Lunatic asylums Madras 1892-1911 - 1892-1911
Year: 1892
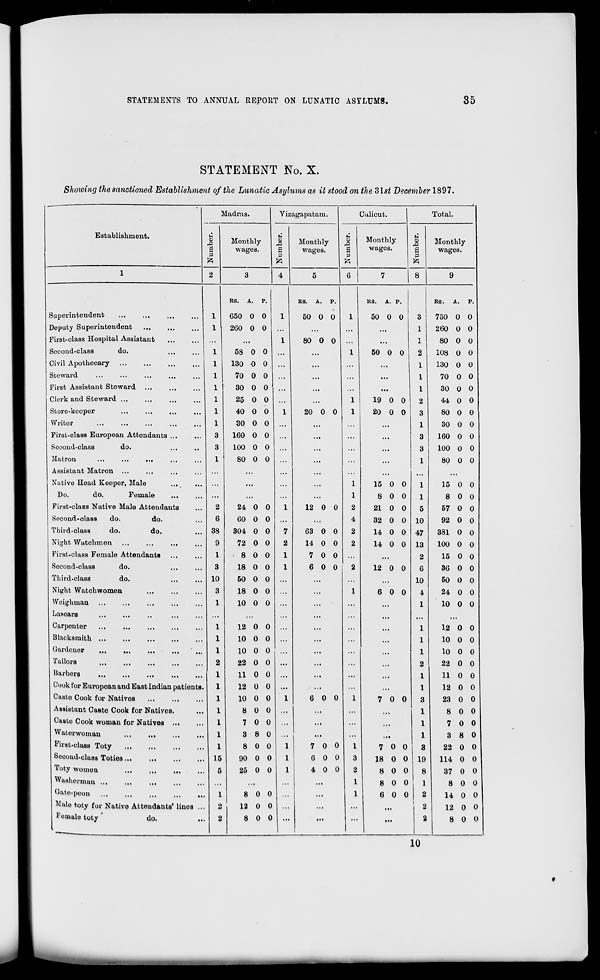
STATEMENTS TO ANNUAL REPORT ON LUNATIC ASSTLUMS.
35
STATEMENT No. X.
Showing the sanctioned Establishment of the Limatic Asylums as it stood on the 31 st December 1897.
Establishment.
Madras.
Vizagapatam.
Calicut.
Total.
u
CD
S
P
ft
2
Monthly
wages.
u
<x>
S
P
ft
Monthly
wages.
ti
s
p
ft
Monthly
wages.
u a
|
P
ft
Monthly
wages.
1
3
4
5
6
7
| 8
9
RS. A. P.
RS. A. P.
US. A. F
RS. A.
P.
Superintendent
1
650 0 0
1
50 0 0
1
50 0 0
3
750 0 0
Deputy Superintendent
1
260 0 0 ...
...
1
260 0 0
First-class Hospital Assistant
...
...
1
80 0 0 ...
...
1
80 0 0
Second-class
do.
...
...
1
58 0 0 ...
...
1
50 0 0
2
108 0 0
Civil Apothecary
1
130 0 0
...
...
...
1
130 0 0
Steward
1
70 0 0 ...
...
...
...
1
70 0 0
First Assistant Stewai'd
1
30 0 0 ...
...
...
...
1
30 0 0
Clerk and Steward
1
25 0 0 ...
1
19 0 0
2
44 0 0
Score-keeper
1
40 0 0
1
20 0 0
1
20 0 0
3
80 0 0
Writer
1
30 0 0 ...
...
1
30 0 0
First-class European Attendants ...
3
160 0 0 ...
...
...
...
3
160 0 0
Second-class
do.
3
100 0 0 ...
...
...
...
3
100 0 0
Matron
...
...
...
1
80 0 0 ...
...
...
...
1
80 0 0
Assistant Matron ...
...
...
...
...
Native Head Keeper, Male
...
...
...
...
1
15 0 0
1
15 0 0
Do.
do.
Female
...
...
...
...
1
8 0 0
1
8 0 0
First-class Native Male Attendants
2
24 0 0
1
12 0 0
2
21 0 0
5
57 0 0
Second-olass
do.
do.
6
00 0 0
4
32 0 0 10
92 0 0
Third-class
do.
do.
38
304 0 0
7
63 0 0
2
14 0 0 47
381 0 0
Night Watchmen
9
72 0 0
2
14 0 0
2
14 0 0 13
100 0 0
First-class Female Attendants
1
8 0 0
1
7 0 0 ...
2
15 0 0
Second-class
do.
3
18 0 0
1
6 0 0
2
12 0 0
6
36 0 0
Third-class
do.
10
50 0 0 ...
...
...
10
50 0 0
Niejht Watchwomen
3
18 0 0 ...
...
1
6 0 0
4
24 0 0
Weighman
1
10 0 0 ...
...
...
1
10 0 0
Lascars
...
...
...
...
...
...
...
Carpenter
1
12 0 0 ...
...
...
...
1
12 0 0
Blacksmith
1
10 0 0 ...
...
...
...
1
10 0 0
Gardener
1
10 0 0
...
...
...
1
10 0 0
Tailors
2
22 0 0 ...
...
...
,,,
2
22 0 0
Harbors
1
11 0 0 ...
...
...
...
1
11 0 0
Cook for European and East Indian patients.
1
12 0 0 ...
...
...
1
12 0 0
Custo Cook for Natives
1
10 0 0
1
6 0 0
1
7 0 0
3
23 0 0
Assistant Casto Cook for Natives.
1
8 0 0 ...
...
1
8 0 0
Caste Cook woman for Natives
1
7 0 0 ...
...
...
...
1
7 0 0
Waterwoman
1
3 8 0 ...
...
...
...
1
3 8 0
First-class Toty
1
8 0 0
1
7 0 0
1
7 0 0
3
22 0 0
Second-class Toties
15
90 0 0
1
6 0 0
3
18 0 0 19
114 0 0
Toty women
5
25 0 0
1
4 0 0
2
8 0 0
8
37 0 0
Washerman
,..
...
1
8 0 0
1
8 0 0
Gate-peon
1
8 0 0
...
1
6 0 0
2
14 0 0
Male toty for Native Attendants' linos ...
2
12 0 0 ...
...
...
...
2
12 0 0
Female toty '
do.
2
8 0 0
'"
...
...
...
2
8 0 0
10